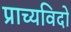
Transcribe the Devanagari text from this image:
प्राच्यविदों